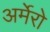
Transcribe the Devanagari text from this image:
अर्मेरो